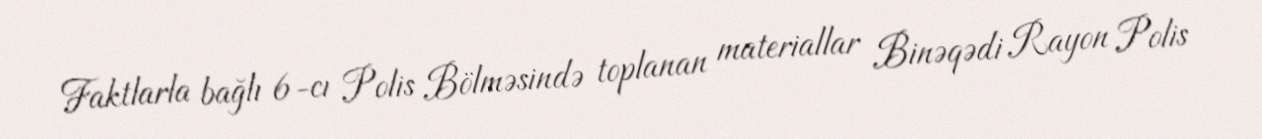
Faktlarla bağlı 6-cı Polis Bölməsində toplanan materiallar Binəqədi Rayon Polis